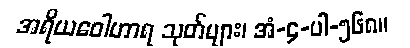
အရိယဝေါဟာရ သုတ်များ၊ အံ-၄-ပါ-၅၆၈။